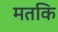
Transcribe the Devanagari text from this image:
मतकि